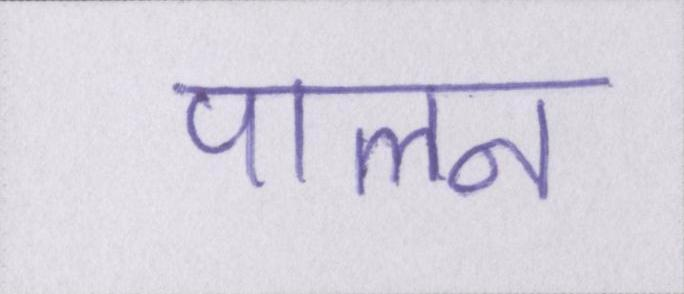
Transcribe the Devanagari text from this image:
पालन